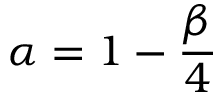
\alpha = 1 - \frac { \beta } { 4 }